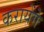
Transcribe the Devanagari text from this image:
करायेंगे